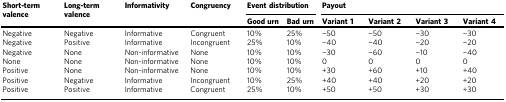
<table><thead><tr><td rowspan="2"><b>Short-term valence</b></td><td rowspan="2"><b>Long-term valence</b></td><td rowspan="2"><b>Informativity</b></td><td rowspan="2"><b>Congruency</b></td><td colspan="2"><b>Event distribution</b></td><td colspan="4"><b>Payout</b></td></tr><tr><td><b>Good urn</b></td><td><b>Bad urn</b></td><td><b>Variant 1</b></td><td><b>Variant 2</b></td><td><b>Variant 3</b></td><td><b>Variant 4</b></td></tr></thead><tbody><tr><td>Negative</td><td>Negative</td><td>Informative</td><td>Congruent</td><td>10%</td><td>25%</td><td>−50</td><td>−50</td><td>−30</td><td>−30</td></tr><tr><td>Negative</td><td>Positive</td><td>Informative</td><td>Incongruent</td><td>25%</td><td>10%</td><td>−40</td><td>−40</td><td>−20</td><td>−20</td></tr><tr><td>Negative</td><td>None</td><td>Non-informative</td><td>None</td><td>10%</td><td>10%</td><td>−30</td><td>−60</td><td>−10</td><td>−40</td></tr><tr><td>None</td><td>None</td><td>Non-informative</td><td>None</td><td>10%</td><td>10%</td><td>0</td><td>0</td><td>0</td><td>0</td></tr><tr><td>Positive</td><td>None</td><td>Non-informative</td><td>None</td><td>10%</td><td>10%</td><td>+30</td><td>+60</td><td>+10</td><td>+40</td></tr><tr><td>Positive</td><td>Negative</td><td>Informative</td><td>Incongruent</td><td>10%</td><td>25%</td><td>+40</td><td>+40</td><td>+20</td><td>+20</td></tr><tr><td>Positive</td><td>Positive</td><td>Informative</td><td>Congruent</td><td>25%</td><td>10%</td><td>+50</td><td>+50</td><td>+30</td><td>+30</td></tr></tbody></table>